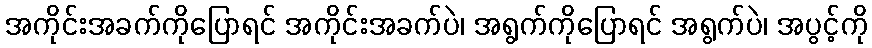
အကိုင်းအခက်ကိုပြောရင် အကိုင်းအခက်ပဲ၊ အရွက်ကိုပြောရင် အရွက်ပဲ၊ အပွင့်ကို